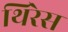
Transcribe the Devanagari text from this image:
थिरेस